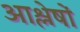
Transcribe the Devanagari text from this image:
आश्लेषों